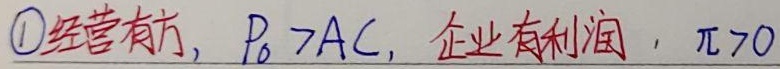
\textcircled{1} 经营有方，\(P_0 > AC\)，企业有利润，\(\pi>0\)